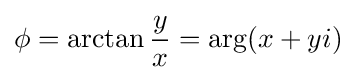
\phi =\arctan {\frac {y}{x}}=\arg(x+yi)